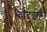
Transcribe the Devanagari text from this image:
बोटझरी